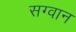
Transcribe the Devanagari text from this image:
सग्वान